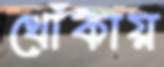
থোঁকায়